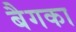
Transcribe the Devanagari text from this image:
बैगका